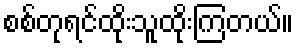
စစ်တုရင်ထိုးသူထိုးကြတယ်။